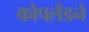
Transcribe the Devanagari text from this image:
कोपलँडने